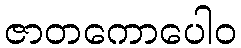
ဇာတကောပေါဝ